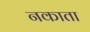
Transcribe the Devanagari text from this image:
नकाता